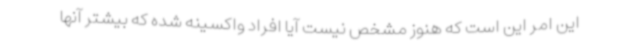
این امر این است که هنوز مشخص نیست آیا افراد واکسینه شده که بیشتر آنها